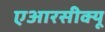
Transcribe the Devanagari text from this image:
एआरसीक्यू